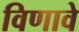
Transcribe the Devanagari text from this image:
विणावे